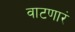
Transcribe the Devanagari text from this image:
वाटणारं